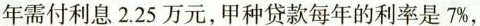
年需付利息2.25万元，甲种贷款每年的利率是7\%，